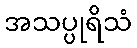
အသပ္ပုရိသံ